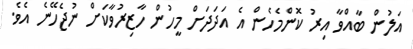
އަލުން ބާއްވާ އިރު ކޮންމެހެން އެ އަދަދަށް މީހުން ހާޒިރުވާކަށް ނުޖެހޭނެ އެވެ.